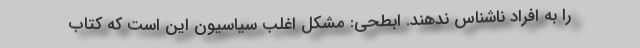
را به افراد ناشناس ندهند. ابطحی: مشکل اغلب سیاسیون این است که کتاب